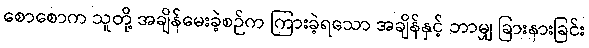
စောစောက သူတို့ အချိန်မေးခဲ့စဉ်က ကြားခဲ့ရသော အချိန်နှင့် ဘာမျှ ခြားနားခြင်း